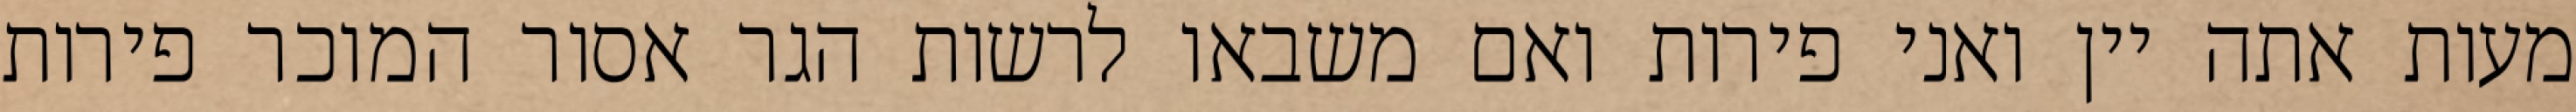
מעות אתה יין ואני פירות ואם משבאו לרשות הגר אסור המוכר פירות